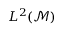
L ^ { 2 } ( \mathcal { M } )